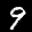
Label: 9